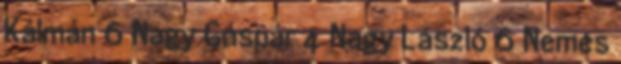
Kálmán 6 Nagy Gáspár 4 Nagy László 6 Nemes